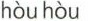
hòu hòu